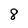
Character: 8